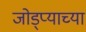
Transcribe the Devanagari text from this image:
जोड्प्याच्या